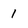
Character: 1